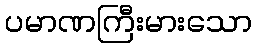
ပမာဏကြီးမားသော